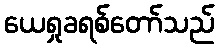
ယေရှုခရစ်တော်သည်